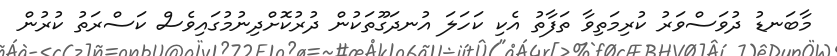
މާބަނޑު ދުވަސްވަރު ކުރިމަތިވާ ތަފާތު އެކި ކަހަލަ އުނދަގޫތަކުން ދުރުކޮށްދިނުމުގައިވެސް ކަސްރަތު ކުރުން